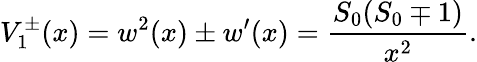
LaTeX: V_{1}^{\pm}(x)=w^{2}(x)\pm w^{\prime}(x)=\frac{S_{0}(S_{0}\mp 1)}{x^{2}}.